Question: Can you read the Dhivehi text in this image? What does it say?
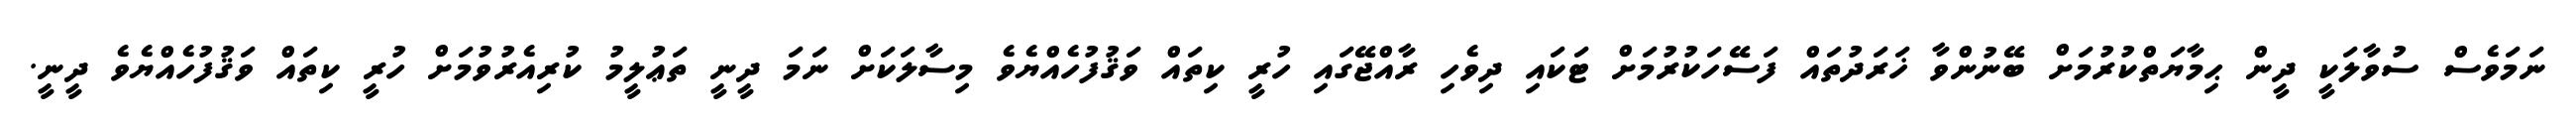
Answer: ނަމަވެސް ސުވާލަކީ ދީން ޙިމާޔަތްކުރުމަށް ބޭނުންވާ ޚަރަދުތައް ފަސޭހަކުރުމަށް ޓަކައި ދިވެހި ރާއްޖޭގައި ހުރީ ކިތައް ވަޤުފުހެއްޔެވެ މިސާލަކަށް ނަމަ ދީނީ ތަޢުލީމު ކުރިއެރުވުމަށް ހުރީ ކިތައް ވަޤުފުހެއްޔެވެ ދީނީ.